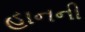
હાનની